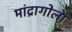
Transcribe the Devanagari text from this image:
मांद्रागोला